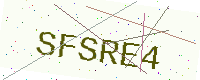
Text: SFSRE4